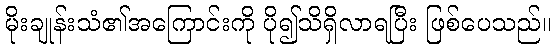
မိုးချုန်းသံ၏အကြောင်းကို ပို၍သိရှိလာရပြီး ဖြစ်ပေသည်။